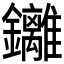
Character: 𮣮